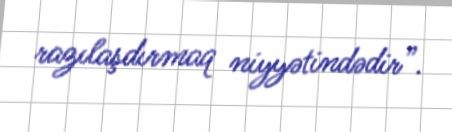
razılaşdırmaq niyyətindədir”.